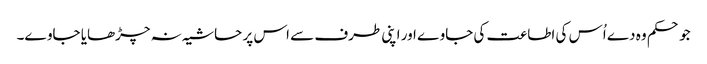
جو حکم وہ دے اُس کی اطاعت کی جاوے اور اپنی طرف سے اس پر حاشیہ نہ چڑھایا جاوے۔